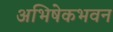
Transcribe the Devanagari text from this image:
अभिषेकभवन